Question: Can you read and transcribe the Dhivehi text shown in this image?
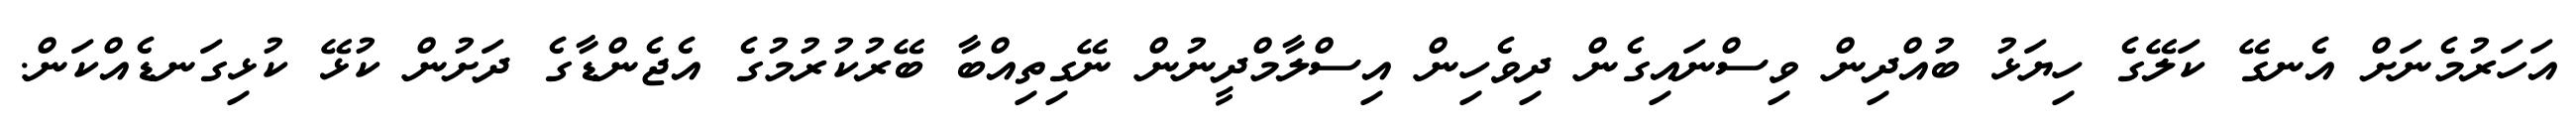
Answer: އަހަރުމެނަށް އެނގޭ ކަލޭގެ ހިޔަޅު ބުއްދިން ވިސްނައިގެން ދިވެހިން އިސްލާމްދީނުން ނޭގިތިއްބާ ބޭރުކުރުމުގެ އެޖެންޑާގެ ދަށުން ކުޅޭ ކުޅިގަނޑެއްކަން.